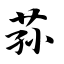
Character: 荪